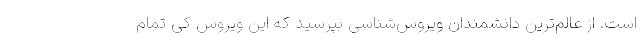
است. از عالم‌ترین دانشمندان ویروس‌شناسی بپرسید که این ویروس کی تمام